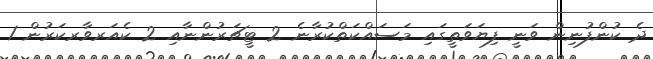
ދެ ކުންފުނިން ވަނީ ފިޔަވަތީގައި މަސައްކަތްކުރާނެ 2 ޓީޗަރުންނާއި 2 ކެއަރވާރކަރުން 1